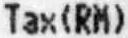
TAX(RM)